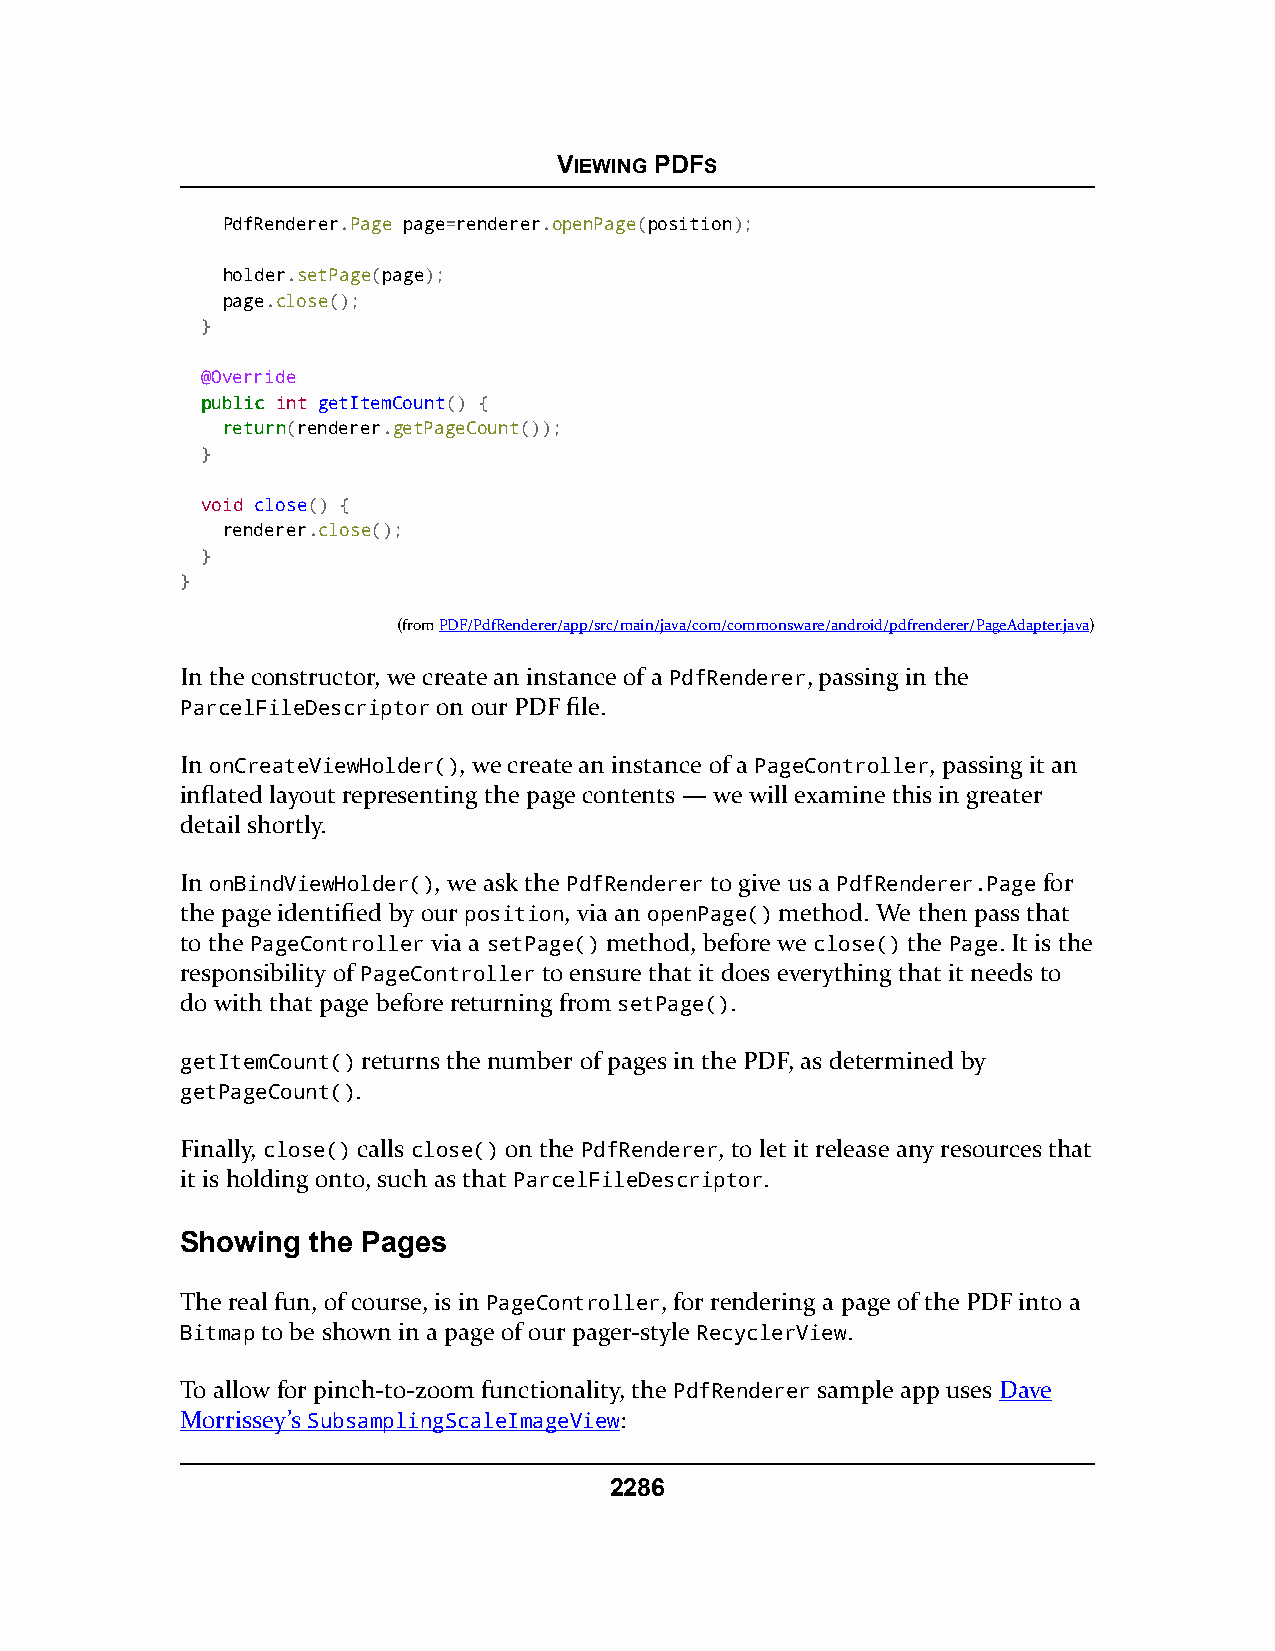
VIEWING PDFS
 PdfRenderer.Page page=renderer.openPage(position);
 holder.setPage(page);
 page.close();
 }
 @Override
 ppuubblliicc int getItemCount() {
 rreettuurrnn(renderer.getPageCount());
 }
 void close() {
 renderer.close();
 }
 }
 (fromPDF/PdfRenderer/app/src/main/java/com/commonsware/android/pdfrenderer/PageAdapter.java)
 In the constructor, we create an instance of a PdfRenderer, passing in the
 ParcelFileDescriptor on our PDF file.
 In onCreateViewHolder(), we create an instance of a PageController, passing it an
 inflated layout representing the page contents — we will examine this in greater
 detail shortly.
 In onBindViewHolder(), we ask the PdfRenderer to give us a PdfRenderer.Page for
 the page identified by our position, via an openPage() method. We then pass that
 to the PageController via a setPage() method, before we close() the Page. It is the
 responsibility of PageController to ensure that it does everything that it needs to
 do with that page before returning from setPage().
 getItemCount() returns the number of pages in the PDF, as determined by
 getPageCount().
 Finally, close() calls close() on the PdfRenderer, to let it release any resources that
 it is holding onto, such as that ParcelFileDescriptor.
 Showing the Pages
 The real fun, of course, is in PageController, for rendering a page of the PDF into a
 Bitmap to be shown in a page of our pager-style RecyclerView.
 To allow for pinch-to-zoom functionality, the PdfRenderer sample app uses Dave
 Morrissey’s SubsamplingScaleImageView:
 2286